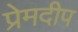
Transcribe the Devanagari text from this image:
प्रेमदीप